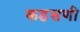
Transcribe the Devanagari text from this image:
कडसणी